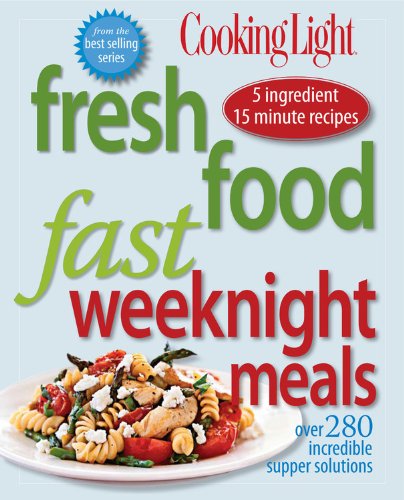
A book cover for Cooking Light Fresh Food Fast: Weeknight Meals: Over 280 Incredible Supper Solutions; Editors of Cooking Light Magazine; Cookbooks, Food & Wine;